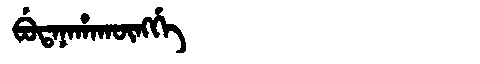
Manchu: ᠪᡠᡨᠠᠨᠠᡥᠠᡴᡡᠩᡤᡝ
Romanization: BUTANAHAKŪNGGE